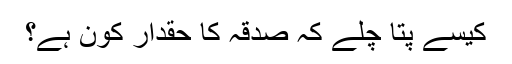
کیسے پتا چلے کہ صدقہ کا حقدار کون ہے؟